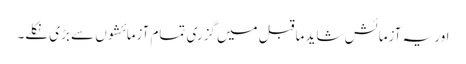
اور یہ آزمائش شاید ماقبل میں گزری تمام آزمائشوں سے بڑی نکلے۔